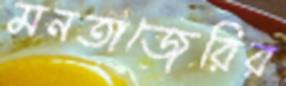
মনতাজেরির